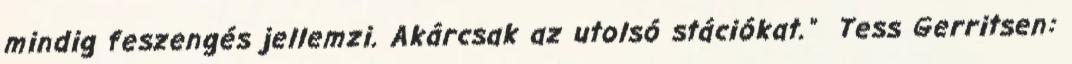
mindig feszengés jellemzi. Akárcsak az utolsó stációkat." Tess Gerritsen: